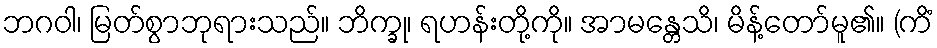
ဘဂဝါ၊ မြတ်စွာဘုရားသည်။ ဘိက္ခု၊ ရဟန်းတို့ကို။ အာမန္တေသိ၊ မိန့်တော်မူ၏။ (ကိံ